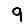
Digit: 9